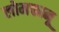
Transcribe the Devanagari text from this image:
लोमफानू